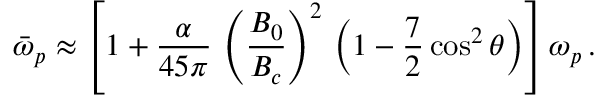
\bar { \omega } _ { p } \approx \left[ 1 + \frac { \alpha } { 4 5 \pi } \, \left( \frac { B _ { 0 } } { B _ { c } } \right) ^ { 2 } \, \left( 1 - \frac { 7 } { 2 } \cos ^ { 2 } \theta \right) \right] \omega _ { p } \, .